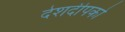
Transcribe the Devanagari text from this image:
देशदीपको